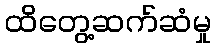
ထိတွေ့ဆက်ဆံမှု